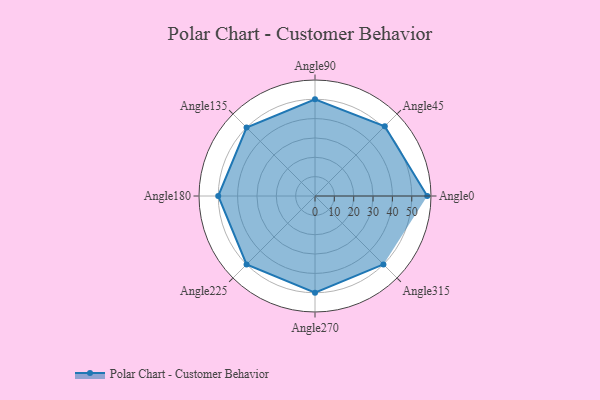
{"axis": {"x": "Angle", "y": "Radius"}, "legend": [""], "data": [{"x": "Angle0", "y": 58.0, "type": ""}, {"x": "Angle45", "y": 51.0, "type": ""}, {"x": "Angle90", "y": 50, "type": ""}, {"x": "Angle135", "y": 50, "type": ""}, {"x": "Angle180", "y": 50, "type": ""}, {"x": "Angle225", "y": 50, "type": ""}, {"x": "Angle270", "y": 50, "type": ""}, {"x": "Angle315", "y": 50, "type": ""}]}